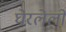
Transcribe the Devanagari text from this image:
घेरलेलो